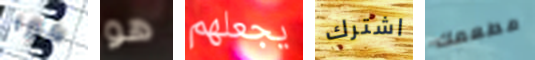
كيرا هو يجعلهم اشترك مطعمك